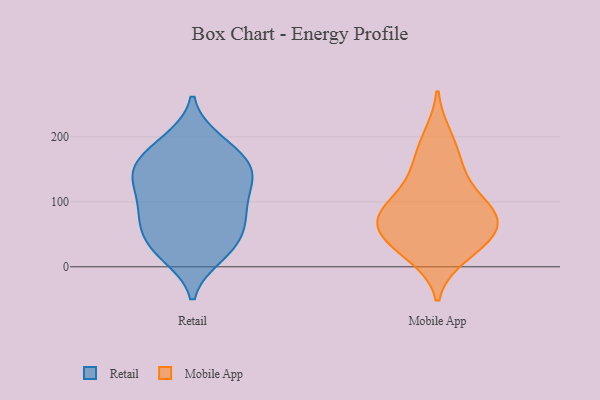
{"axis": {"x": "Customer Acquisition Cost (USD)", "y": "Value"}, "legend": ["Mobile App", "Retail"], "data": [{"x": "", "y": 176, "type": "Retail"}, {"x": "", "y": 31, "type": "Retail"}, {"x": "", "y": 35, "type": "Retail"}, {"x": "", "y": 20, "type": "Retail"}, {"x": "", "y": 192, "type": "Retail"}, {"x": "", "y": 58, "type": "Retail"}, {"x": "", "y": 17, "type": "Retail"}, {"x": "", "y": 147, "type": "Retail"}, {"x": "", "y": 153, "type": "Retail"}, {"x": "", "y": 103, "type": "Retail"}, {"x": "", "y": 127, "type": "Retail"}, {"x": "", "y": 147, "type": "Retail"}, {"x": "", "y": 79, "type": "Retail"}, {"x": "", "y": 75, "type": "Retail"}, {"x": "", "y": 122, "type": "Retail"}, {"x": "", "y": 195, "type": "Retail"}, {"x": "", "y": 139, "type": "Retail"}, {"x": "", "y": 64, "type": "Retail"}, {"x": "", "y": 161, "type": "Retail"}, {"x": "", "y": 89, "type": "Retail"}, {"x": "", "y": 200, "type": "Mobile App"}, {"x": "", "y": 30, "type": "Mobile App"}, {"x": "", "y": 86, "type": "Mobile App"}, {"x": "", "y": 163, "type": "Mobile App"}, {"x": "", "y": 83, "type": "Mobile App"}, {"x": "", "y": 53, "type": "Mobile App"}, {"x": "", "y": 45, "type": "Mobile App"}, {"x": "", "y": 69, "type": "Mobile App"}, {"x": "", "y": 76, "type": "Mobile App"}, {"x": "", "y": 103, "type": "Mobile App"}, {"x": "", "y": 141, "type": "Mobile App"}, {"x": "", "y": 18, "type": "Mobile App"}]}